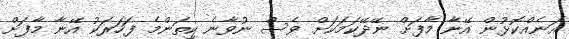
އަނެއްކޮޅުން އޭނާ މާފަށް ނޭދޭކަމަކަށް ވެސް ނުވާނެ ކިތަންމެ ފަހަރަކު އޭނާ މާފަށް